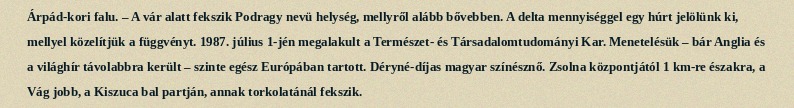
Árpád-kori falu. – A vár alatt fekszik Podragy nevü helység, mellyről alább bővebben. A delta mennyiséggel egy húrt jelölünk ki, mellyel közelítjük a függvényt. 1987. július 1-jén megalakult a Természet- és Társadalomtudományi Kar. Menetelésük – bár Anglia és a világhír távolabbra került – szinte egész Európában tartott. Déryné-díjas magyar színésznő. Zsolna központjától 1 km-re északra, a Vág jobb, a Kiszuca bal partján, annak torkolatánál fekszik.